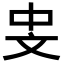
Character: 𪯡